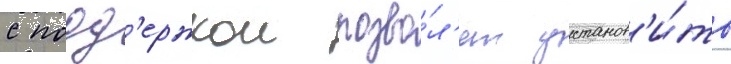
с подд'ержкои позво́л'ят установ'и́ть